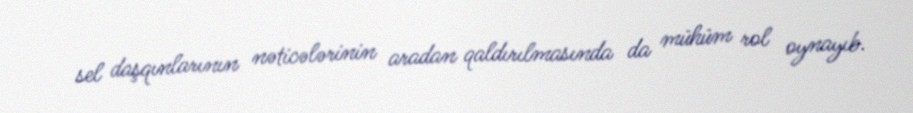
sel daşqınlarının nəticələrinin aradan qaldırılmasında da mühüm rol oynayıb.